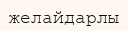
желайдарлы